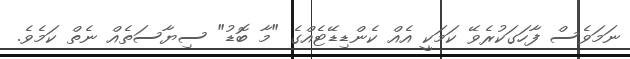
ނަމަވެސް ފާހަގަކުރެވޭ ކަމަކީ އެއް ކެންޑިޑޭޓެއްގެ "މާ ބޮޑު" ސިޔާސަތެއް ނެތް ކަމެވެ.